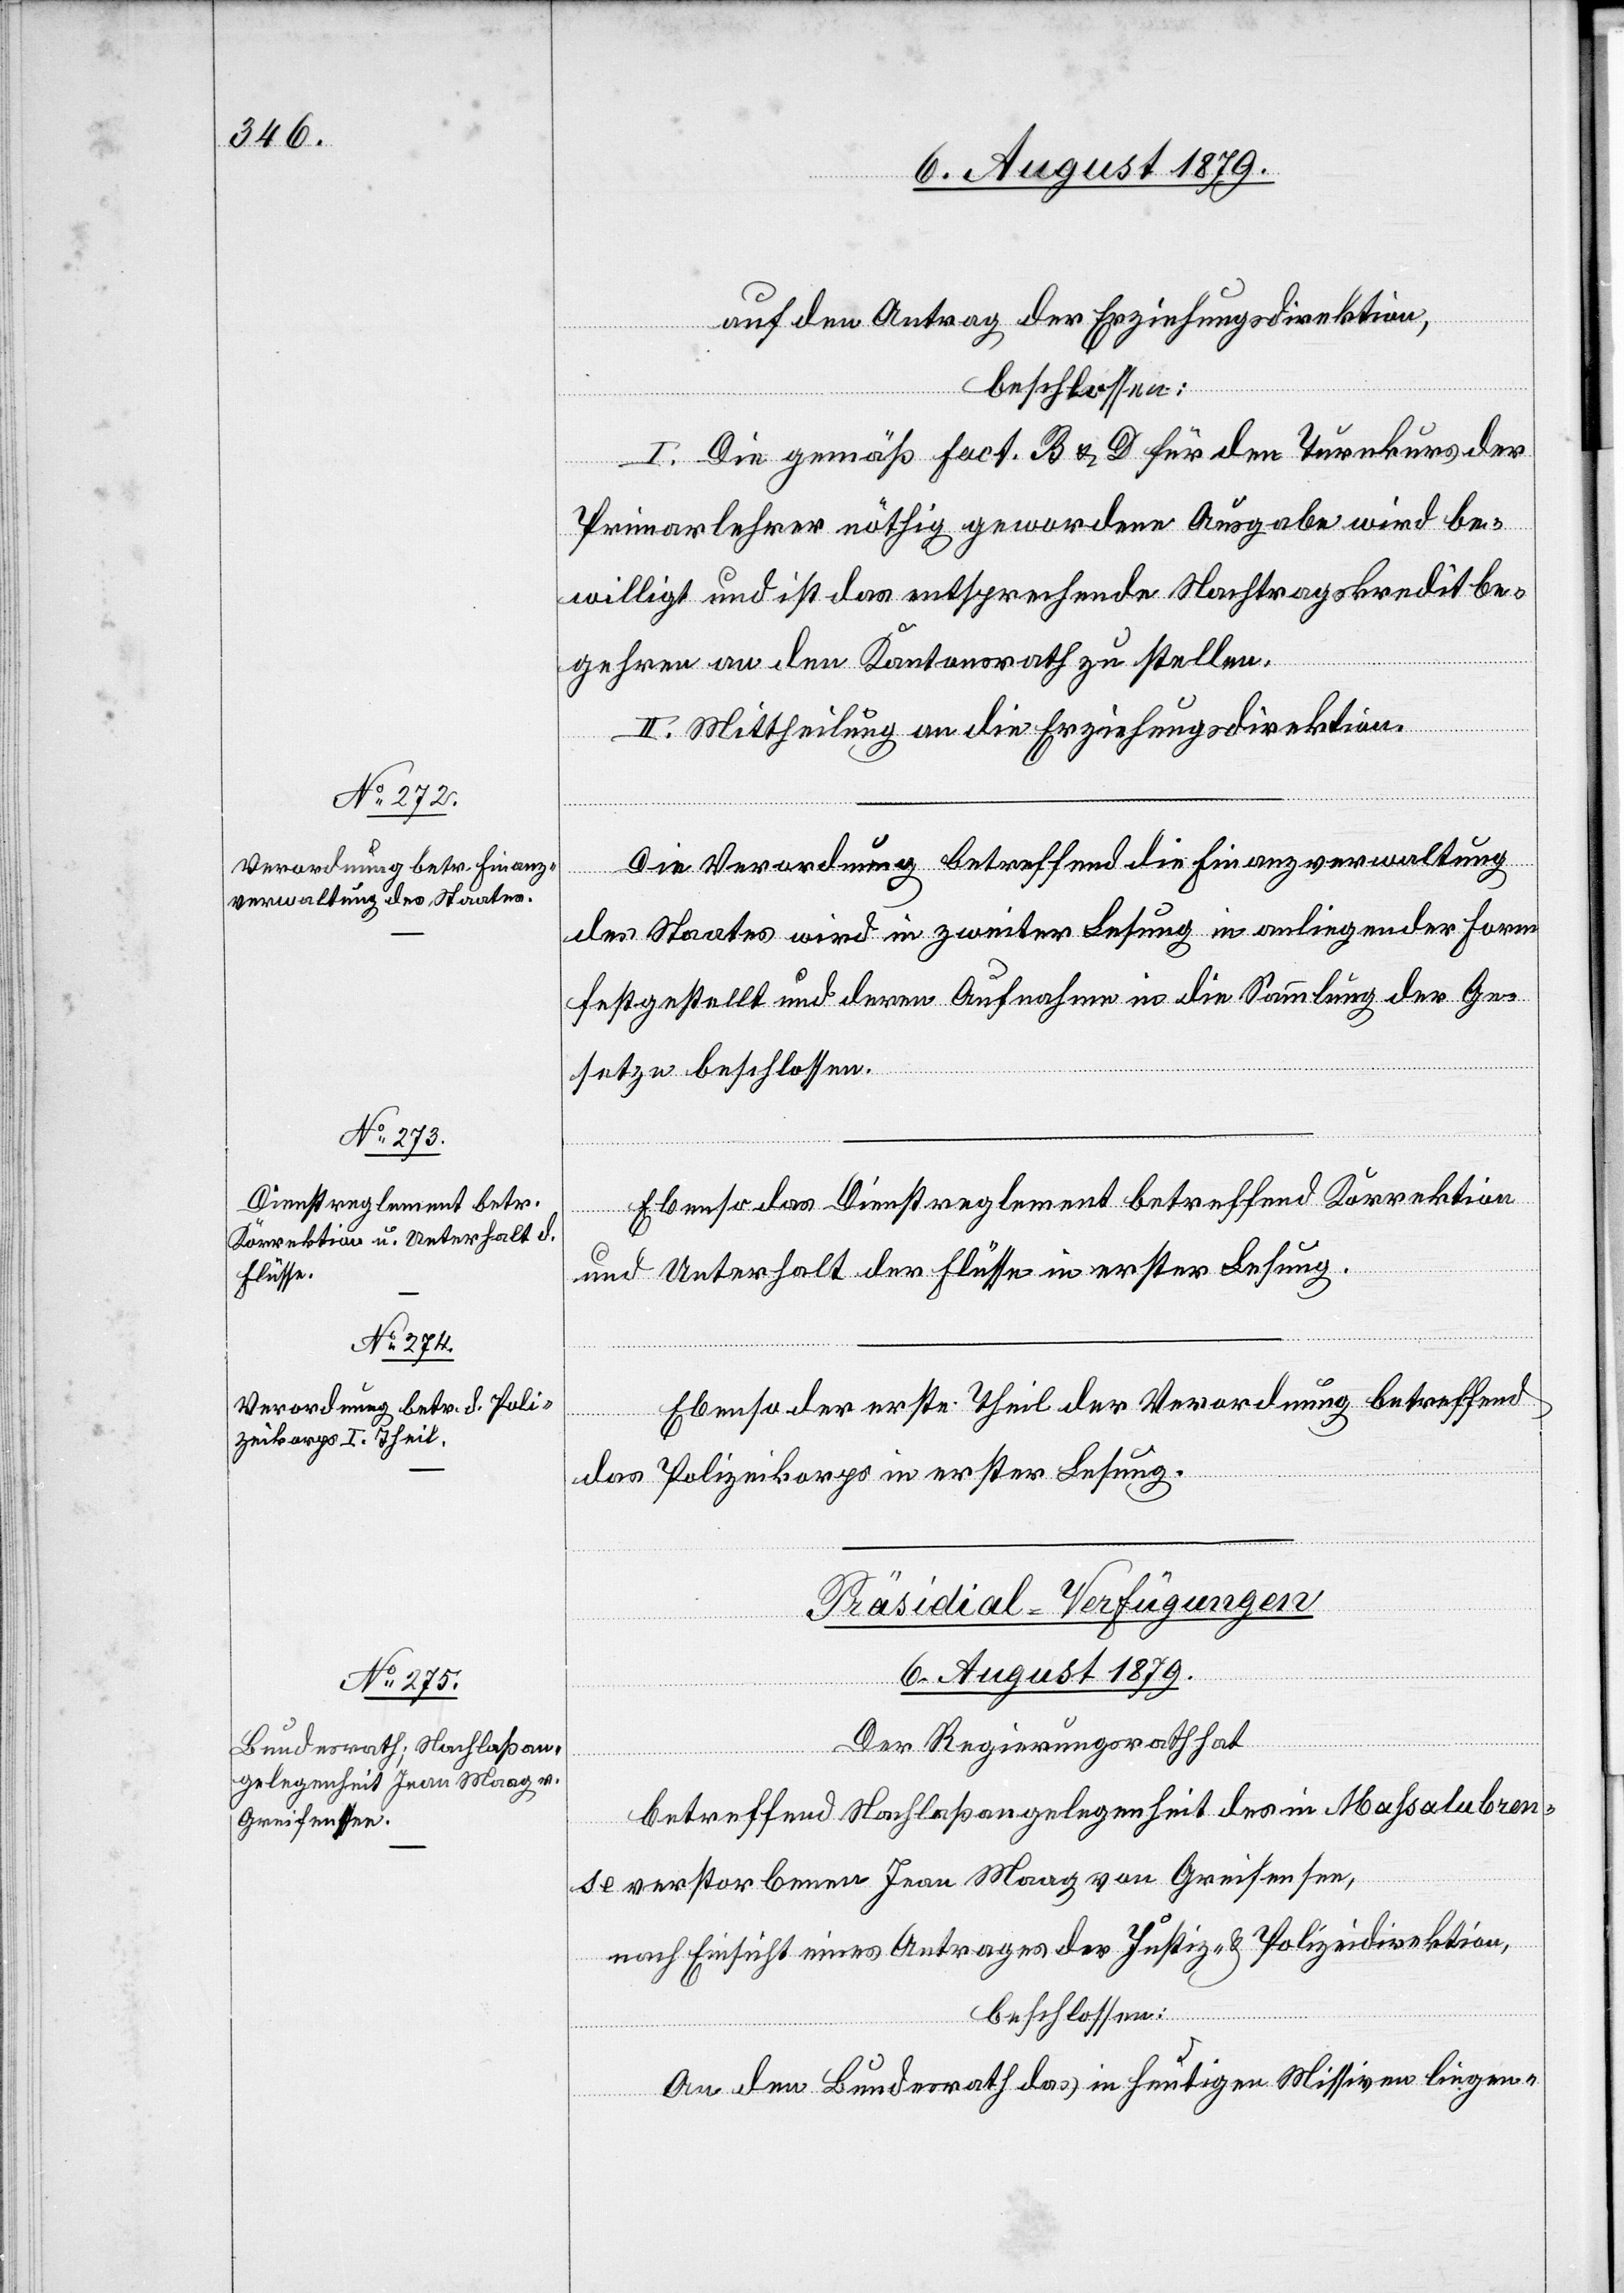
6. August 1879.
auf den Antrag der Erziehungsdirektion,
I. Die Gemäß Fact. B & D für den Turnkurs der
Primarlehrer nöthig gewordene Ausgabe wird be¬
willigt und ist das entsprechende Nachtragskreditbe¬
gehren an den Kantonsrath zu stellen.
II. Mittheilung an die Erziehungsdirektion.
Die Verordnung betreffend die Finanzverwaltung
des Staates wird in zweiter Lesung in anliegender Form
festgestellt und deren Aufnahme in die Sammlung der Ge¬
[Fortsetzung
setze beschlossen.
Ebenso das Dienstreglement betreffend Korrektion
und Unterhalt der Flüsse in erster Lesung.
Ebenso der erste Theil der Verordnung betreffend
das Polizeikorps in erster Lesung.
Präsidial-Verfügungen
Der Regierungsrath hat
betreffend Nachlaßangelegenheit des in Maßalubren¬
se verstorbenen Jean Maag von Greifensee,
nach Einsicht eines Antrages der Justiz- & Polizeidirektion,
beschlossen:
An den Bundesrath das in heutigen Missiven liegen-